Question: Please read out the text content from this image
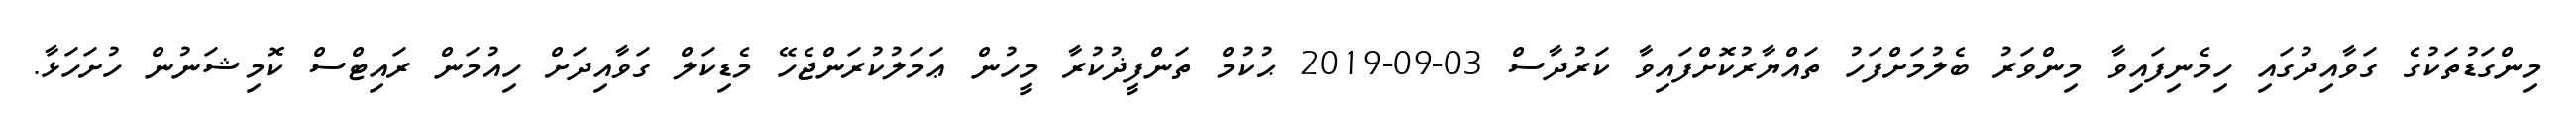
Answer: މިންގަޑުތަކުގެ ގަވާއިދުގައި ހިމެނިފައިވާ މިންވަރު ބެލުމަށްފަހު ތައްޔާރުކޮށްފައިވާ ކަރުދާސް 03-09-2019 ޙުކުމް ތަންފީޛުކުރާ މީހުން ޢަމަލުކުރަންޖެހޭ މެޑިކަލް ގަވާއިދަށް ހިއުމަން ރައިޓްސް ކޮމިޝަނުން ހުށަހަޅާ.